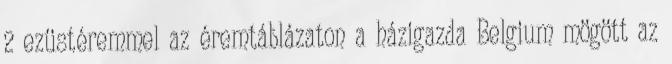
2 ezüstéremmel az éremtáblázaton a házigazda Belgium mögött az